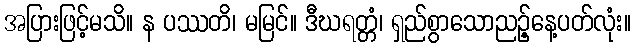
အပြားဖြင့်မသိ။ န ပဿတိ၊ မမြင်။ ဒီဃရတ္တံ၊ ရှည်စွာသောညဉ့်နေ့ပတ်လုံး။